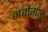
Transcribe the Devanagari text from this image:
नर्मगर्भ